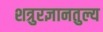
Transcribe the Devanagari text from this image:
शत्रुरज्ञानतुल्य